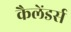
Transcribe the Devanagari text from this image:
कैलेंडर्स